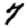
Digit: 7